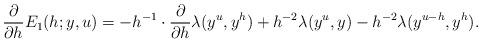
LaTeX: \begin{align*}\frac{\partial}{\partial h}E_1(h;y,u)=-h^{-1}\cdot\frac{\partial}{\partial h}\lambda(y^u,y^h)+h^{-2}\lambda(y^{u},y)-h^{-2}\lambda(y^{u-h},y^h).\end{align*}